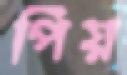
পিয়